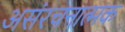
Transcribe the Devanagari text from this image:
असंरचनात्मक